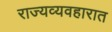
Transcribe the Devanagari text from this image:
राज्यव्यवहारात